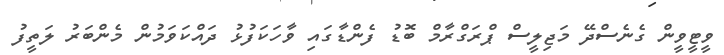
ވީޓީވީން ގެނެސްދޭ މަޖިލީސް ޕްރަގްރާމް ބޮޑު ފެންޑާގައި ވާހަކަފުޅު ދައްކަވަމުން މެންބަރު ލަތީފު